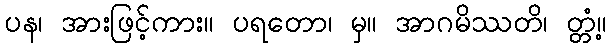
ပန၊ အားဖြင့်ကား။ ပရတော၊ မှ။ အာဂမိဿတိ၊ တ္တံ့။